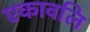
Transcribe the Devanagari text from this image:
एकावलि